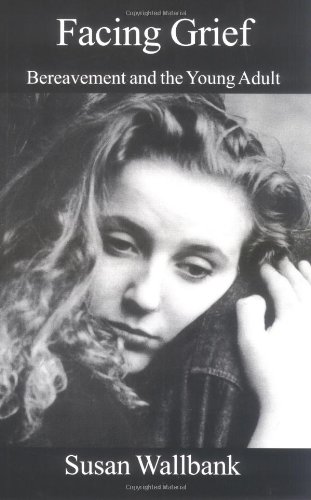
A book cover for Facing Grief: Bereavement & the Young Adult; Susan Wallbank; Teen & Young Adult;